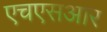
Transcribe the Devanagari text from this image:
एचएसआर